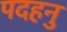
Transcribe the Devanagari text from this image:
पदहनु